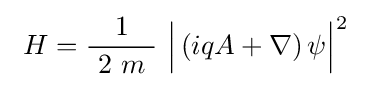
\ H={\frac {1}{\ 2\ m\ }}\ {\Bigl |}\left(iqA+\nabla \right)\psi {\Bigr |}^{2}\